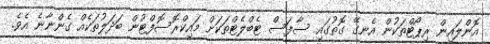
އޮންލައިން ރިޕޯޓްތަކުން އެނގޭ ގޮތުގައި ސާފަސް ޓެބްލެޓްތަކަށް މައިކްރޮސޮފްޓުން ބަދަލުތަކެއް ގެންނާނެ އެވެ.